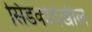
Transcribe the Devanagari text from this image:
सिडकोदेखील